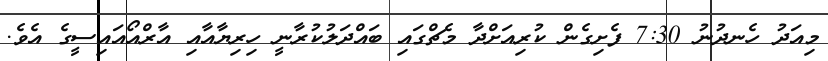
މިއަދު ހެނދުނު 7:30 ފެށިގެން ކުރިއަށްދާ މެޗްގައި ބައްދަލުކުރާނީ ހިރިޔާއާއި އާރްއޯއައިސީގެ އެވެ.